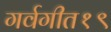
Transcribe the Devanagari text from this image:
गर्वगीत१९